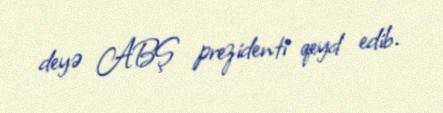
deyə ABŞ prezidenti qeyd edib.